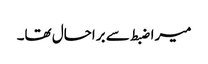
میرا ضبط سے براحال تھا۔